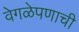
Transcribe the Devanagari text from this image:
वेगळेपणाची